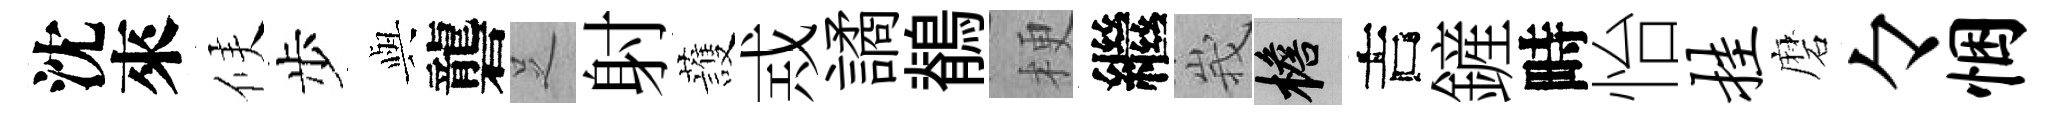
沈來候步𫤰礱𠯁射䕶𢦶譎鶺梗繼峩檐吉鏟畤怡挂磨々悃